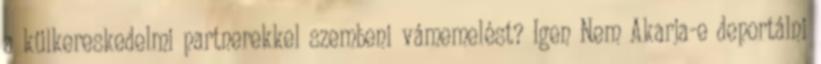
a külkereskedelmi partnerekkel szembeni vámemelést? Igen Nem Akarja-e deportálni